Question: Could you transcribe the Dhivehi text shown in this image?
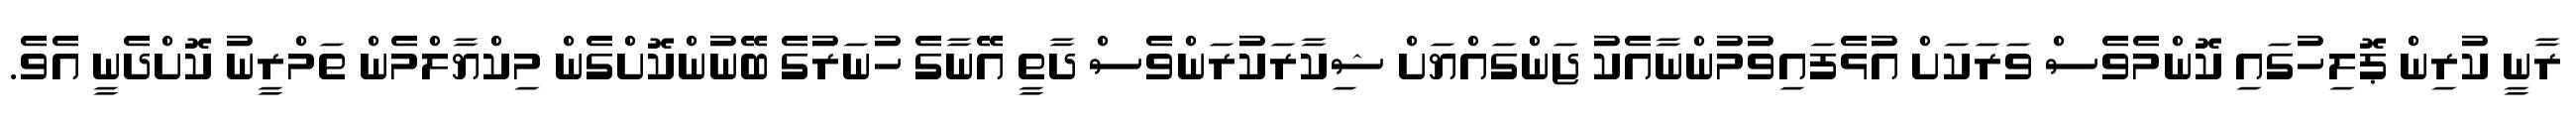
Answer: ރާނީ ކުރިން ޕޮލިހުގައި ކޮންމެވެސް ވަރަކަށް އުޅެފައިވުމުންނާއެކު ޖަންގައްޔަށް ޝިކާރަކުރަންވެސް ދާތީ އޭނާގެ ހުނަރުގެ ބޭނުންކޮށްގެން މިކްޔާލްމެން ތަމްރީނު ކޮށްދެނީ އެވެ.